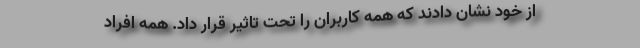
از خود نشان دادند که همه کاربران را تحت تاثیر قرار داد. همه افراد